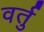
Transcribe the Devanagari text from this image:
वर्तु